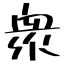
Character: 衆